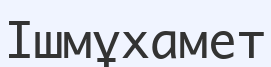
Ішмұхамет